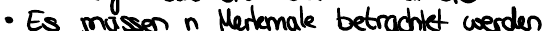
- Es müssen n Merkmale betrachtet werden